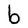
Character: b